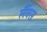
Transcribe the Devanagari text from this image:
लैंक्स